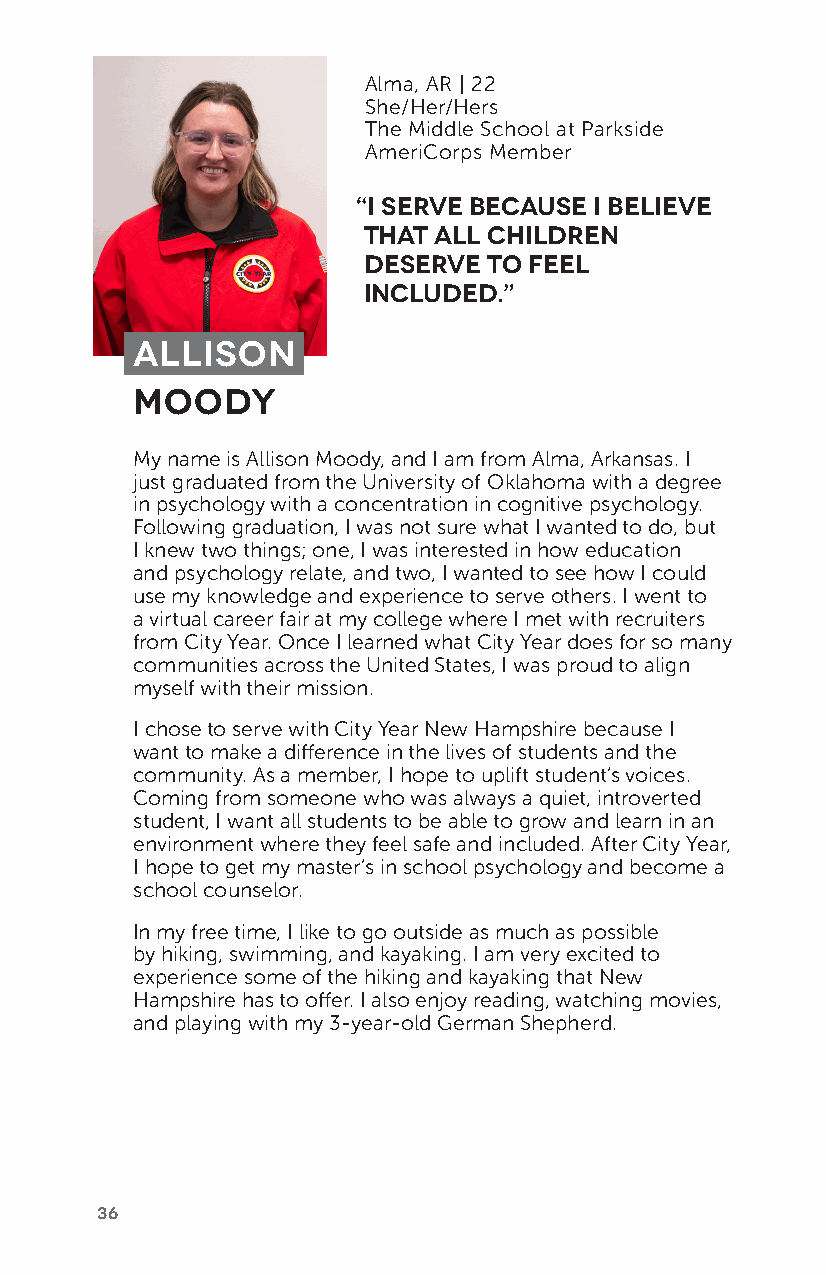
Alma, AR | 22
 She/Her/Hers
 The Middle School at Parkside
 AmeriCorps Member
 “I serve because I believe
 that all children
 deserve to feel
 included.”
 Allison
 Moody
 My name is Allison Moody, and I am from Alma, Arkansas. I
 just graduated from the University of Oklahoma with a degree
 in psychology with a concentration in cognitive psychology.
 Following graduation, I was not sure what I wanted to do, but
 I knew two things; one, I was interested in how education
 and psychology relate, and two, I wanted to see how I could
 use my knowledge and experience to serve others. I went to
 a virtual career fair at my college where I met with recruiters
 from City Year. Once I learned what City Year does for so many
 communities across the United States, I was proud to align
 myself with their mission.
 I chose to serve with City Year New Hampshire because I
 want to make a difference in the lives of students and the
 community. As a member, I hope to uplift student’s voices.
 Coming from someone who was always a quiet, introverted
 student, I want all students to be able to grow and learn in an
 environment where they feel safe and included. After City Year,
 I hope to get my master’s in school psychology and become a
 school counselor.
 In my free time, I like to go outside as much as possible
 by hiking, swimming, and kayaking. I am very excited to
 experience some of the hiking and kayaking that New
 Hampshire has to offer. I also enjoy reading, watching movies,
 and playing with my 3-year-old German Shepherd.
 36